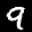
Label: 9